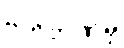
ဗဟိုဘဏ်မှ